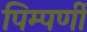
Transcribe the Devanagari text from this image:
पिम्पर्णी